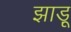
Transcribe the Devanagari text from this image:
झाडू़